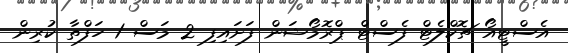
އެސްޓީއޯ ޗޮކްލެޓް ފެސްޓް ޕްރޮމޯޝަން ފަށައިފި 2 މަސް 1 ހަފްތާ ކުރިން